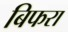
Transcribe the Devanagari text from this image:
बिफरा